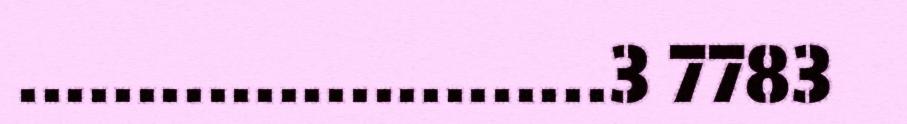
.........................3 7783